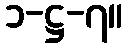
၁-ဋ္ဌ-၇။